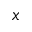
x